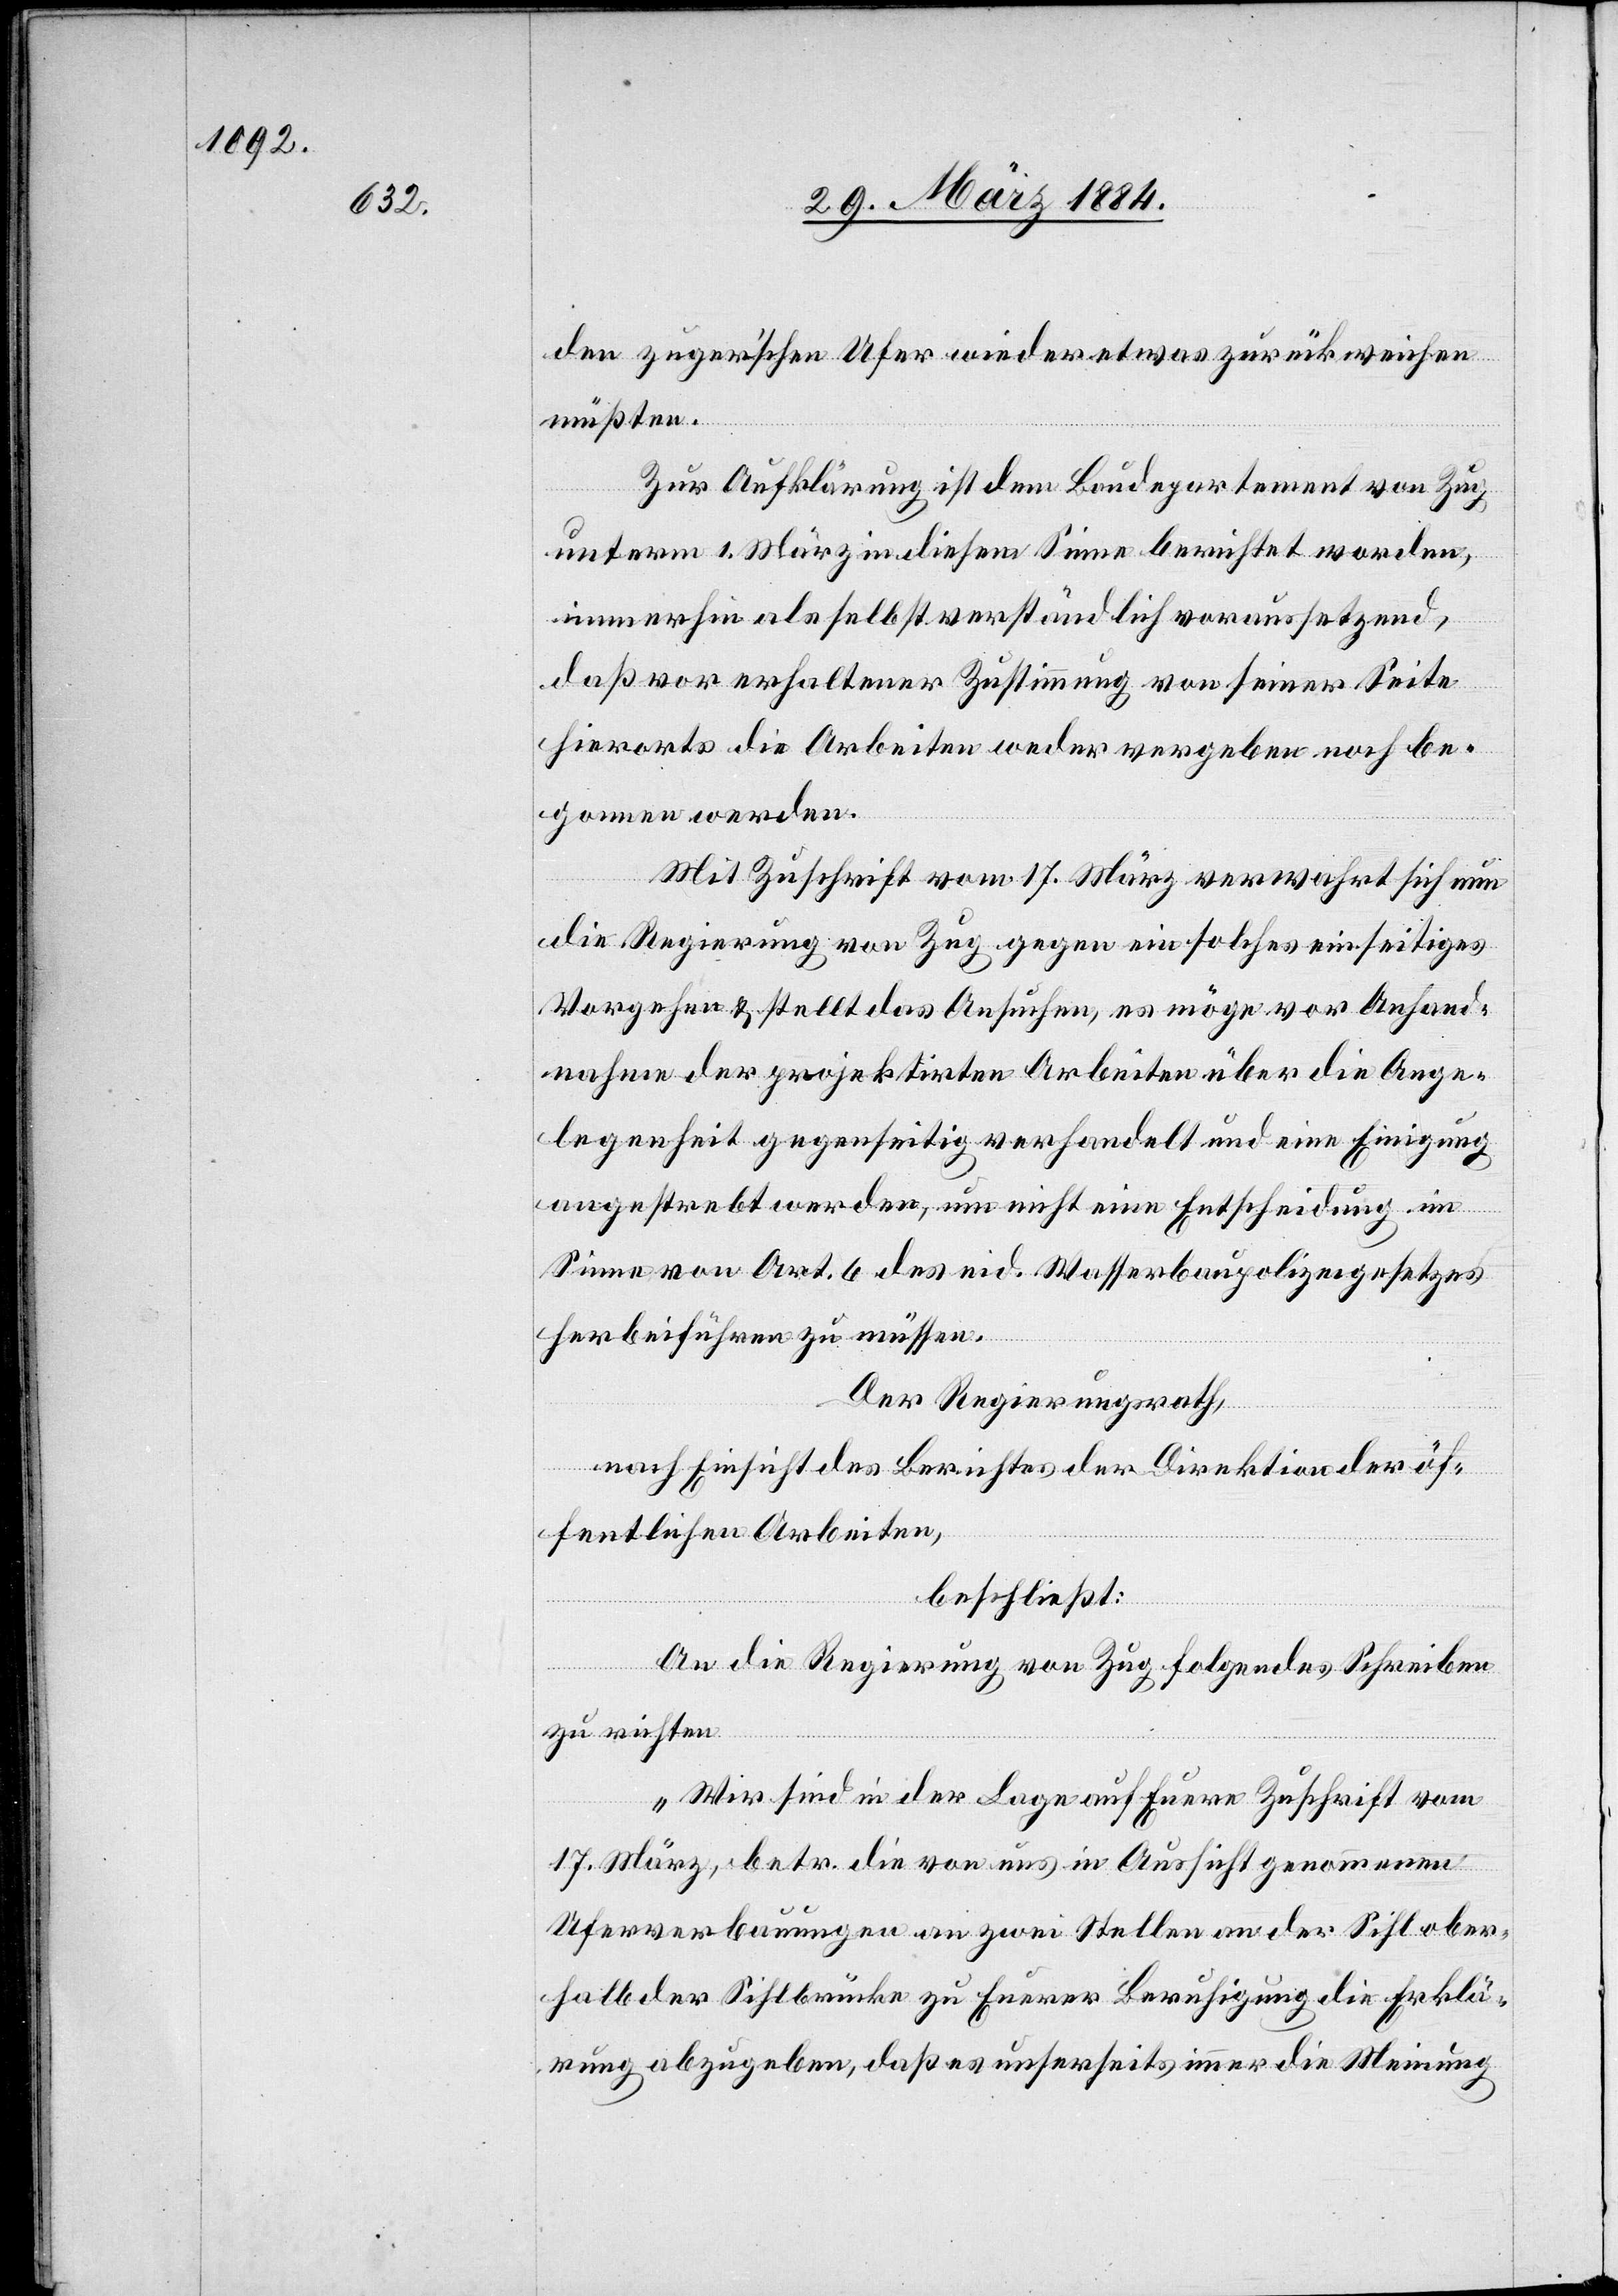
den zugerischen Ufer wieder etwas zurückweichen
müßten.
Zur Aufklärung ist dem Baudepartement von Zug
unterm 1. März in diesem Sinne berichtet worden,
immerhin als selbstverständlich voraussetzend,
daß vor erhaltener Zustimmung von seiner Seite
hierorts die Arbeiten weder vergeben noch be¬
gonnen werden.
Mit Zuschrift vom 17. März verwahrt sich nun
die Regierung von Zug gegen ein solches einseitiges
Vorgehen & stellt das Ansuchen, es möge vor Anhand¬
nahme der projektirten Arbeiten über die Ange¬
legenheit gegenseitig verhandelt und eine Einigung
angestrebt werden, um nicht eine Entscheidung im
Sinne von Art. 6 des eid. Wasserbaupolizeigesetzes
herbeiführen zu müssen.
Der Regierungsrath,
nach Einsicht eines Berichtes der Direktion der öf¬
fentlichen Arbeiten,
beschließt:
An die Regierung von Zug folgendes Schreiben
zu richten:
„Wir sind in der Lage auf Euere Zuschrift vom
17. März, betr. die von uns in Aussicht genommenen
Uferverbauungen an zwei Stellen an der Sihl ober¬
halb der Sihlbrücke zu Euerer Beruhigung die Erklä¬
rung abzugeben, daß es unserseits immer die Meinung